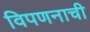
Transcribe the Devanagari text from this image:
विपणनाची